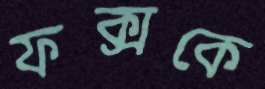
ফক্সকে